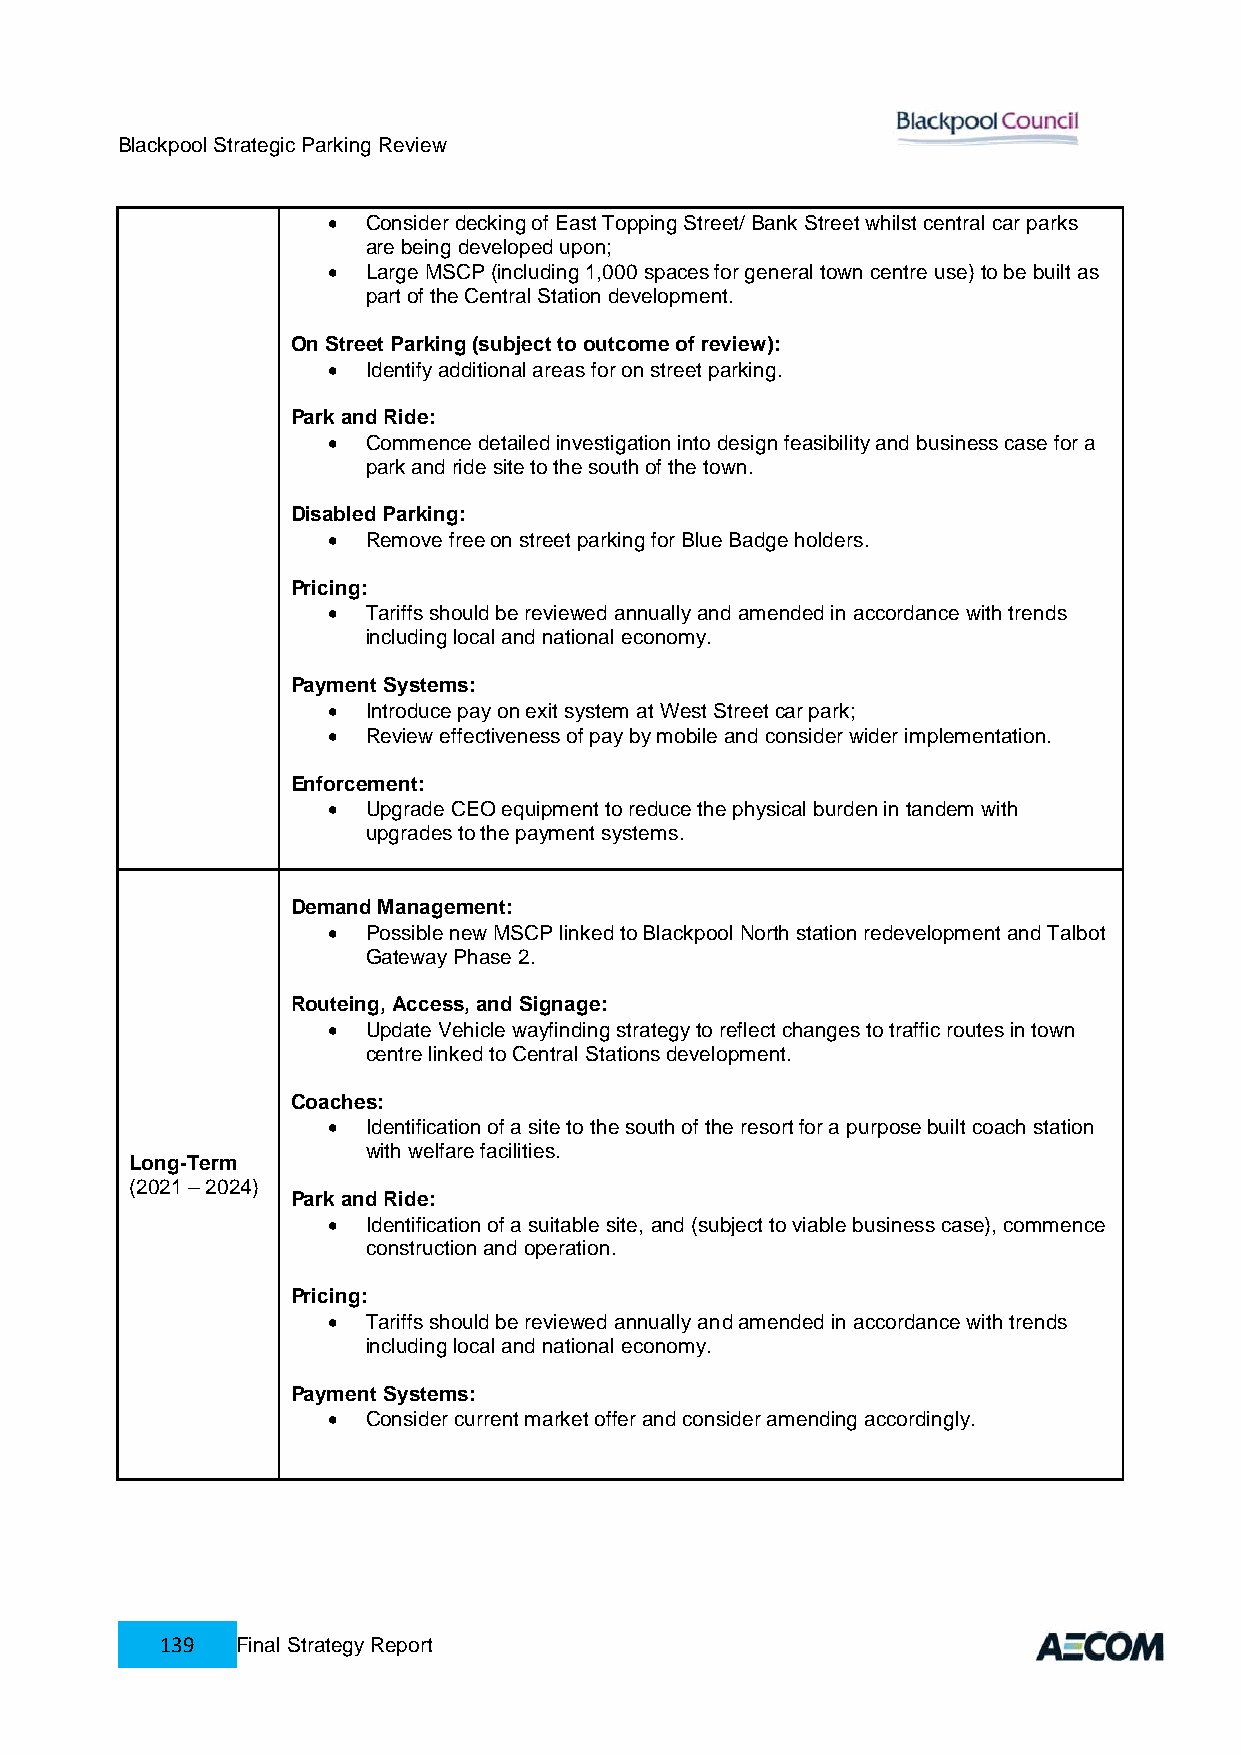
Blackpool Strategic Parking Review
  Consider decking of East Topping Street/ Bank Street whilst central car parks
 are being developed upon;
  Large MSCP (including 1,000 spaces for general town centre use) to be built as
 part of the Central Station development.
 On Street Parking (subject to outcome of review):
  Identify additional areas for on street parking.
 Park and Ride:
  Commence detailed investigation into design feasibility and business case for a
 park and ride site to the south of the town.
 Disabled Parking:
  Remove free on street parking for Blue Badge holders.
 Pricing:
  Tariffs should be reviewed annually and amended in accordance with trends
 including local and national economy.
 Payment Systems:
  Introduce pay on exit system at West Street car park;
  Review effectiveness of pay by mobile and consider wider implementation.
 Enforcement:
  Upgrade CEO equipment to reduce the physical burden in tandem with
 upgrades to the payment systems.
 Demand Management:
  Possible new MSCP linked to Blackpool North station redevelopment and Talbot
 Gateway Phase 2.
 Routeing, Access, and Signage:
  Update Vehicle wayfinding strategy to reflect changes to traffic routes in town
 centre linked to Central Stations development.
 Coaches:
  Identification of a site to the south of the resort for a purpose built coach station
 with welfare facilities.
 Long-Term
 (2021 – 2024)
 Park and Ride:
  Identification of a suitable site, and (subject to viable business case), commence
 construction and operation.
 Pricing:
  Tariffs should be reviewed annually and amended in accordance with trends
 including local and national economy.
 Payment Systems:
  Consider current market offer and consider amending accordingly.
 139  Final Strategy Report